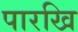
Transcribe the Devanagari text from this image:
पारखि